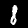
Digit: 8